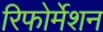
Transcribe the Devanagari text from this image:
रिफोर्मेशन